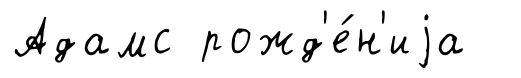
Адамс рожд'е́н'иjа